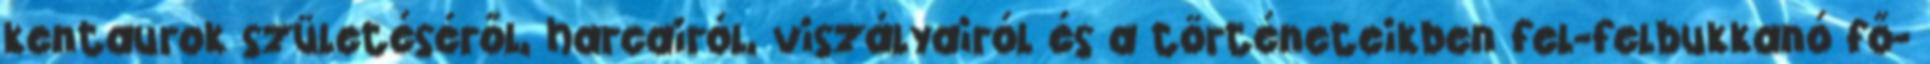
kentaurok születéséről, harcairól, viszályairól és a történeteikben fel-felbukkanó fő-